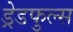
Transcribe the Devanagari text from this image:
ड्रेडफुल्स